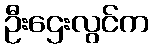
ဦးဌေးလွင်က